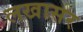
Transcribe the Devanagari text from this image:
लखासर